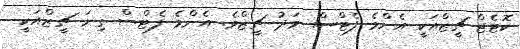
ކޮޓެޖް ޗީޒްއަކީ އެންމެ ފެޓްސް މަދު ޗީޒްވެ. އެންމެ ފެޓްސް ގިނަ ޗީޒްއަކީ